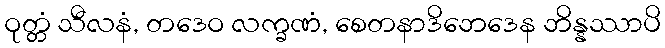
ဝုတ္တံ သီလနံ, တဒေဝ လက္ခဏံ, စေတနာဒိဘေဒေန ဘိန္နဿာပိ